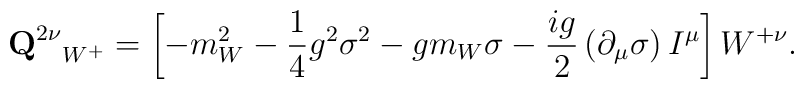
{{\bf Q}^{2\nu}}_{W^{+}}=\left[ -m_{W}^{2}-\frac{1}{4}g^{2}\sigma^{2}-gm_{W}\sigma-\frac{ ig}{2}\left( \partial _{\mu}\sigma \right) I^{\mu }\right] W^{+ \nu}.